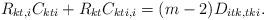
LaTeX: \begin{align*}R_{kt, i}C_{kti}+R_{kt}C_{kti, i} = (m-2)D_{itk, tki}.\end{align*}